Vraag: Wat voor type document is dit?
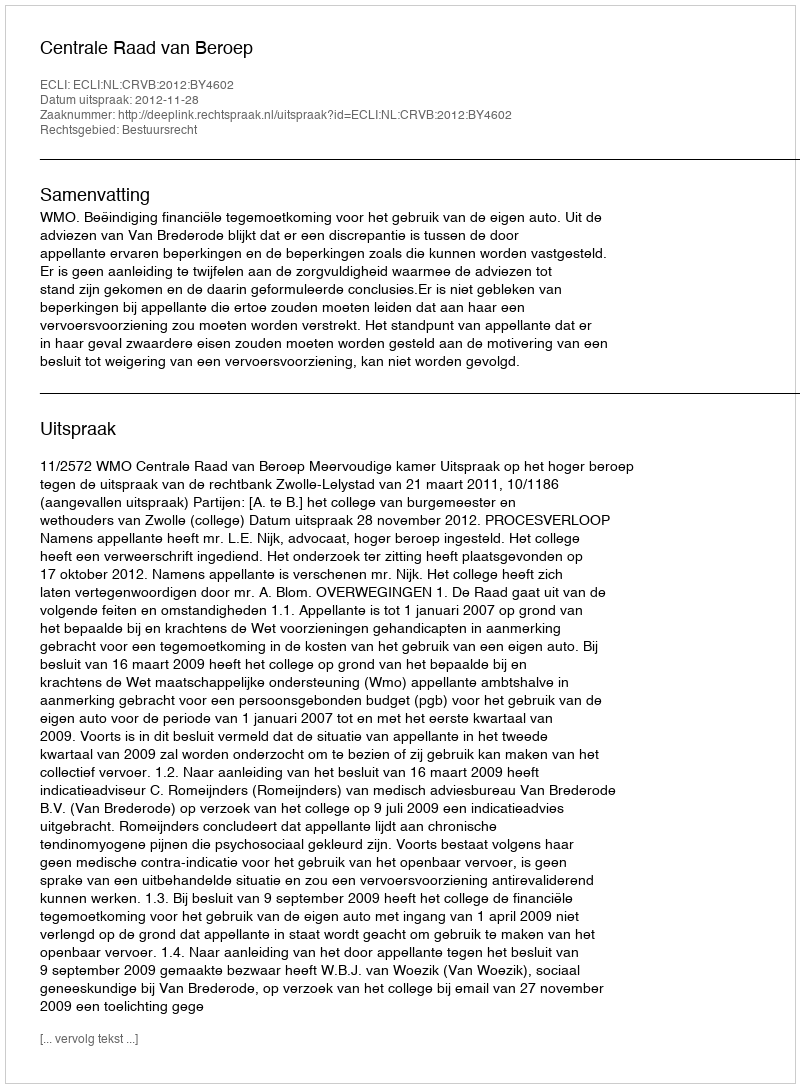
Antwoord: Uitspraak